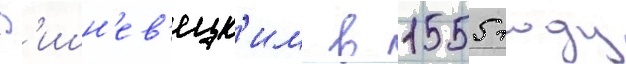
В'ишн'ев'ецк'им в 1555 году